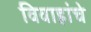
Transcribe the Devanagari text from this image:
विवाहांचे